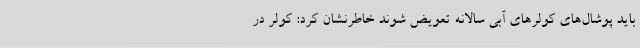
باید پوشال‌های کولرهای آبی سالانه تعویض شوند خاطرنشان کرد: کولر در